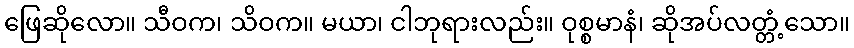
ဖြေဆိုလော။ သီဝက၊ သိဝက။ မယာ၊ ငါဘုရားလည်း။ ဝုစ္စမာနံ၊ ဆိုအပ်လတ္တံ့သော။